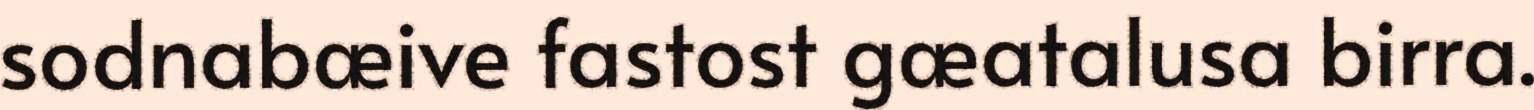
sodnabæive fastost gæatalusa birra.